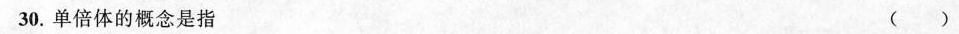
30.单倍体的概念是指 ()